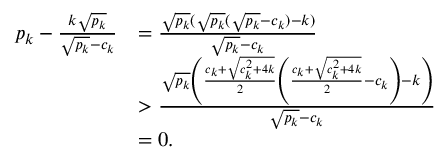
\begin{array} { r l } { p _ { k } - \frac { k \sqrt { p _ { k } } } { \sqrt { p _ { k } } - c _ { k } } } & { = \frac { \sqrt { p _ { k } } ( \sqrt { p _ { k } } ( \sqrt { p _ { k } } - c _ { k } ) - k ) } { \sqrt { p _ { k } } - c _ { k } } } \\ & { > \frac { \sqrt { p _ { k } } \left( \frac { c _ { k } + \sqrt { c _ { k } ^ { 2 } + 4 k } } { 2 } \left( \frac { c _ { k } + \sqrt { c _ { k } ^ { 2 } + 4 k } } { 2 } - c _ { k } \right) - k \right) } { \sqrt { p _ { k } } - c _ { k } } } \\ & { = 0 . } \end{array}